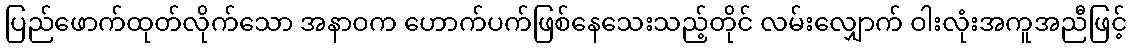
ပြည်ဖောက်ထုတ်လိုက်သော အနာဝက ဟောက်ပက်ဖြစ်နေသေးသည့်တိုင် လမ်းလျှောက် ဝါးလုံးအကူအညီဖြင့်